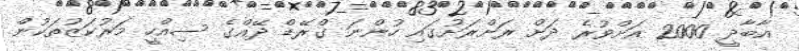
އާބާދީ 2000 އަށްވުރެ ދަށް ރަށްރަށުގައި ހުންނަ ގްރޭޑް ދޭއްގެ ސިއްހީ މަރުކަޒުތަކުން